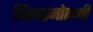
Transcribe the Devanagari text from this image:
बिगरमोसमी